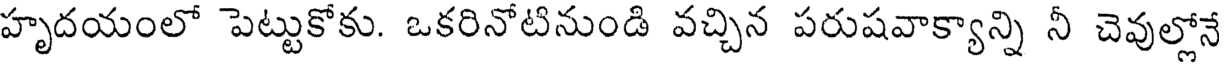
హృదయంలో పెట్టుకోకు. ఒకరినోటినుండి వచ్చిన పరుషవాక్యాన్ని నీ చెవుల్లోనే